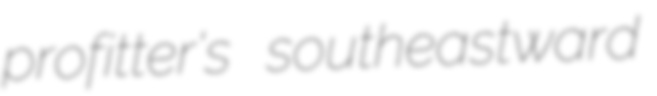
profitter's southeastward